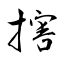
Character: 搳